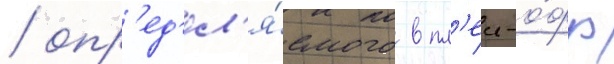
/ опр'ед'ел'я́емого в пл'еи-о́фф